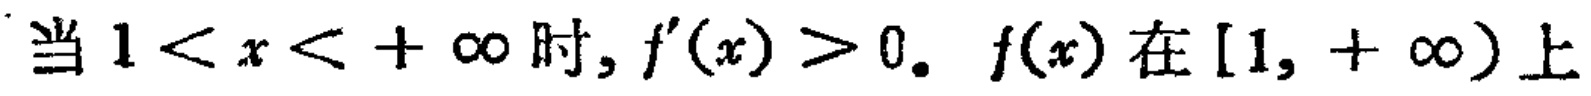
当 \(1 < x < +\infty\) 时, \(f^{\prime}(x) > 0.\) \(f(x)\) 在 \([1, +\infty)\) 上